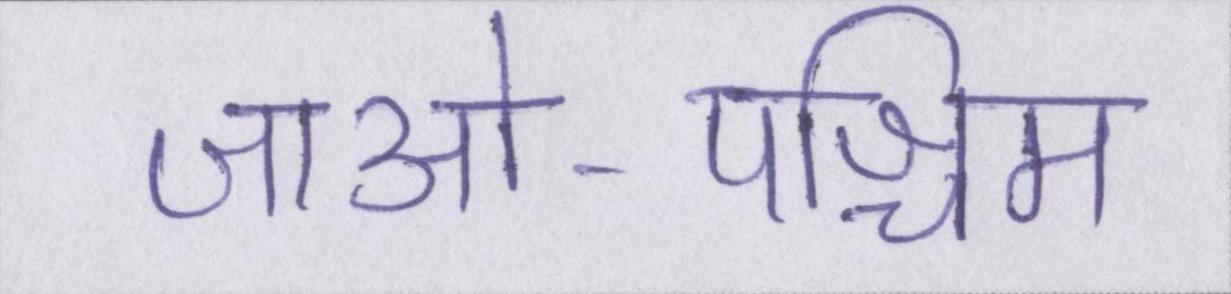
जाओ-पश्चिम